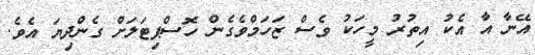
އޭނާ އާ އެކު އިތުރު މީހަކު ވެސް ޒަހަމްވެގެން ހޮސްޕިޓަލަަށް ގެންދިޔަ އެވެ.